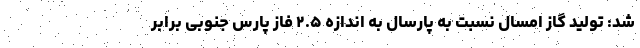
شد: تولید گاز امسال نسبت به پارسال به اندازه ۲.۵ فاز پارس جنوبی برابر